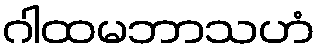
ဂါထမဘာသဟံ